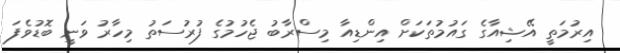
އިރުމަތީ އޭޝިއާގެ ގައުމުތަކަށް އިންޑިއާ މިސްރާބު ޖެހުމުގެ ފުރުސަތު މިހާރު ވަނީ ބޮޑުވެފަ